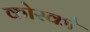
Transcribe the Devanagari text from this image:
कोस्को